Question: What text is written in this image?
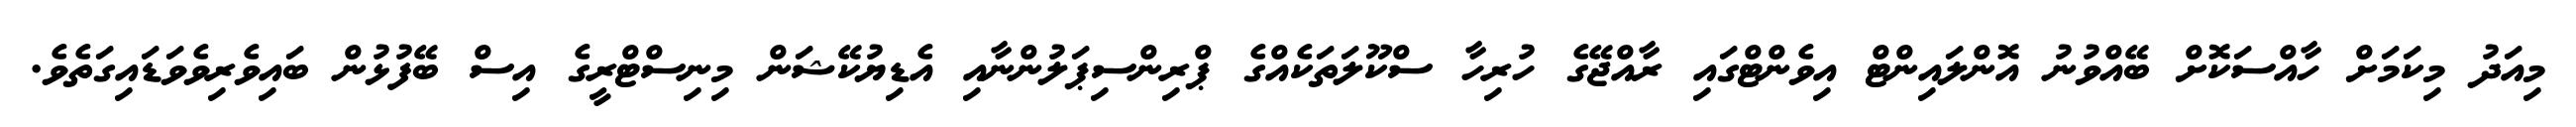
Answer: މިއަދު މިކަމަށް ހާއްސަކޮށް ބޭއްވުނު އޮންލައިންޓް އިވެންޓްގައި ރާއްޖޭގެ ހުރިހާ ސްކޫލަތަކެއްގެ ޕްރިންސިޕަލުންނާއި އެޑިޔުކޭޝަން މިނިސްޓްރީގެ އިސް ބޭފުޅުން ބައިވެރިވެވަޑައިގަތެވެ.